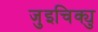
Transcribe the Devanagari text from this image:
जुइचिक्यु